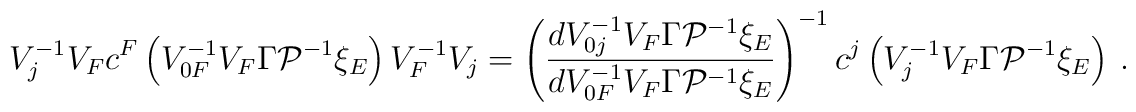
V_j^{-1}V_Fc^F\left( V_{0F}^{-1}V_F\Gamma {\cal P}^{-1}\xi _E\right) V_F^{-1}V_j=\left(\frac{dV_{0j}^{-1}V_F\Gamma {\cal P}^{-1}\xi _E}{dV_{0F}^{-1}V_F\Gamma {\cal P}^{-1}\xi _E}\right) ^{-1}c^j\left( V^{-1}_jV_F\Gamma {\cal P}^{-1}\xi _E\right) \ .